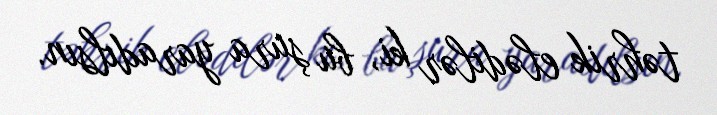
təhrik elədilər ki, bu şura yaradılsın.